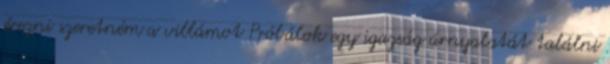
érezni szeretném a villámot Próbálok egy igazság árnyalatát találni